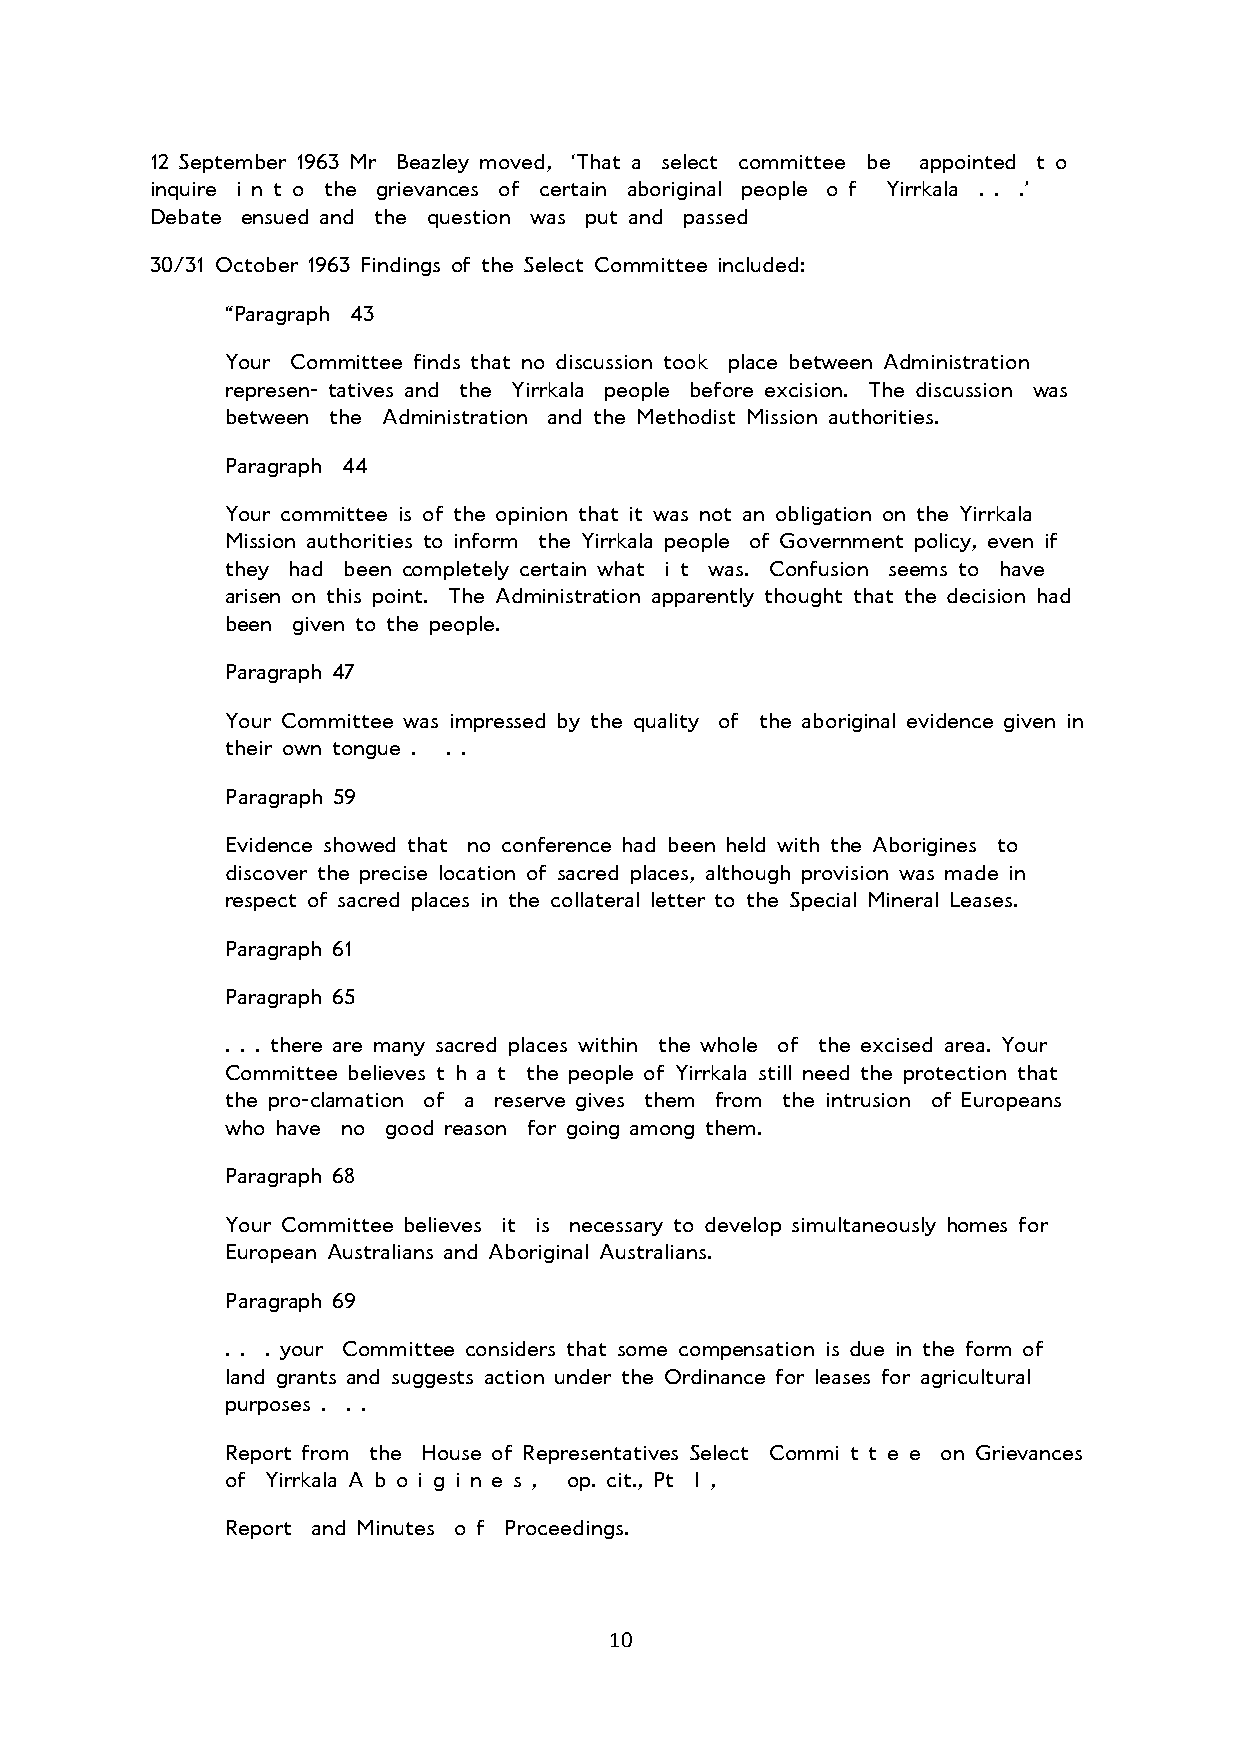
12 September 1963 Mr Beazley moved, ‘That a select committee be appointed t o
 inquire i n t o the grievances of certain aboriginal people o f Yirrkala . . .’
 Debate ensued and the question was put and passed
 30/31 October 1963 Findings of the Select Committee included:
 “Paragraph 43
 Your Committee finds that no discussion took place between Administration
 represen- tatives and the Yirrkala people before excision. The discussion was
 between the Administration and the Methodist Mission authorities.
 Paragraph 44
 Your committee is of the opinion that it was not an obligation on the Yirrkala
 Mission authorities to inform the Yirrkala people of Government policy, even if
 they had been completely certain what i t was. Confusion seems to have
 arisen on this point. The Administration apparently thought that the decision had
 been given to the people.
 Paragraph 47
 Your Committee was impressed by the quality of the aboriginal evidence given in
 their own tongue . . .
 Paragraph 59
 Evidence showed that no conference had been held with the Aborigines to
 discover the precise location of sacred places, although provision was made in
 respect of sacred places in the collateral letter to the Special Mineral Leases.
 Paragraph 61
 Paragraph 65
 . . . there are many sacred places within the whole of the excised area. Your
 Committee believes t h a t the people of Yirrkala still need the protection that
 the pro-clamation of a reserve gives them from the intrusion of Europeans
 who have no good reason for going among them.
 Paragraph 68
 Your Committee believes it is necessary to develop simultaneously homes for
 European Australians and Aboriginal Australians.
 Paragraph 69
 . . . your Committee considers that some compensation is due in the form of
 land grants and suggests action under the Ordinance for leases for agricultural
 purposes . . .
 Report from the House of Representatives Select Commi t t e e on Grievances
 of Yirrkala A b o i g i n e s , op. cit., Pt I ,
 Report and Minutes o f Proceedings.
 10